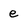
Character: e